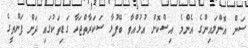
ސަން އޮންލައިންގެ އެންމެ އިސްކޮށް އުޅުއްވާ ބޭފުޅާ ސަކަރާތްޖަހާ ގަޑިތަކުގައި ދަށް ފަންތީގެ